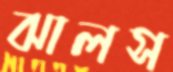
ঝালস